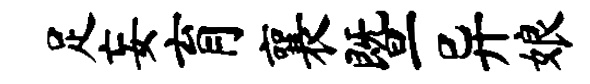
足妄育襄暨异娘